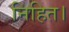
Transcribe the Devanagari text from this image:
निहित।